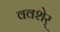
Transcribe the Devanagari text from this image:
ववशेर्